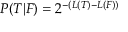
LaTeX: P ( T | F ) = 2 ^ { - ( L ( T ) - L ( F ) ) }